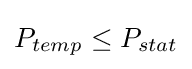
P_{temp}\leq P_{stat}